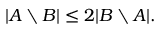
| A \setminus B | \leq 2 | B \setminus A | .